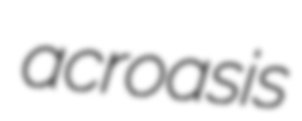
acroasis